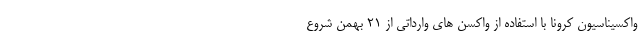
واکسیناسیون کرونا با استفاده از واکسن های وارداتی از ۲۱ بهمن شروع